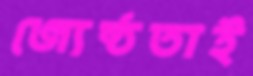
জ্যেষ্ঠতাই